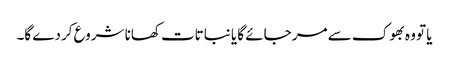
یا تو وہ بھوک سے مر جائے گا یا نباتات کھانا شروع کردے گا۔